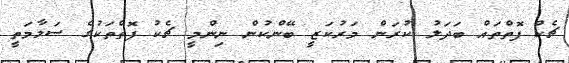
ޗެކް ފޮތްތައް ބަދަލު ކުރަން މަރުކަޒީ ބޭންކުން ނިންމީ ޗެކު ފޮތްތަކުގެ ސަލާމަތީ